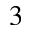
^ { 3 }